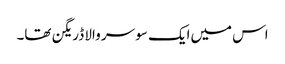
اس میں‌ایک سو سر والا ڈریگن تھا۔